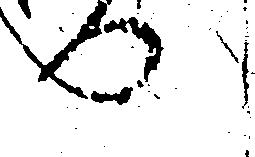
へ